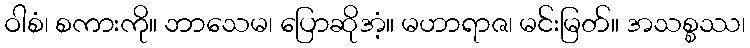
ဝါစံ၊ စကားကို။ ဘာသေမ၊ ပြောဆိုအံ့။ မဟာရာဇ၊ မင်းမြတ်။ အသစ္စဿ၊